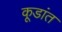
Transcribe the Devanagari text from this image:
कूडांत